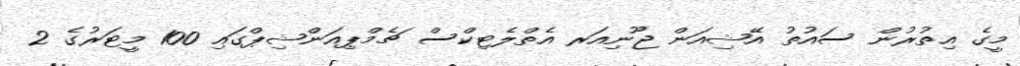
މީގެ އިތުރުން ސައުތު އޭޝިއަން ޖޫނިއަރ އެތްލެޓިކްސް ޗެމްޕިއަންޝިޕްގައި 100 މީޓަރުގެ 2